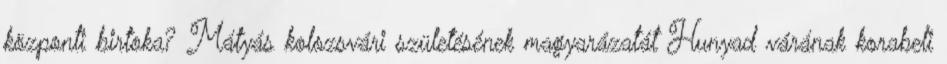
központi birtoka? Mátyás kolozsvári születésének magyarázatát Hunyad várának korabeli